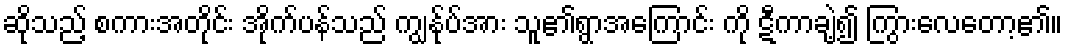
ဆိုသည့် စကားအတိုင်း အိုက်ပန်သည် ကျွန်ုပ်အား သူ၏ရွာအကြောင်း ကို ဋီကာချဲ့၍ ကြွားလေတော့၏။